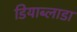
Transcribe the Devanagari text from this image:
डियाब्लाडा